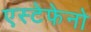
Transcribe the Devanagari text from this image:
एस्टेफेनो